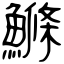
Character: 鰷